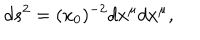
d s ^ { 2 } = ( x _ { 0 } ) ^ { - 2 } d x ^ { \mu } d x ^ { \mu } ,